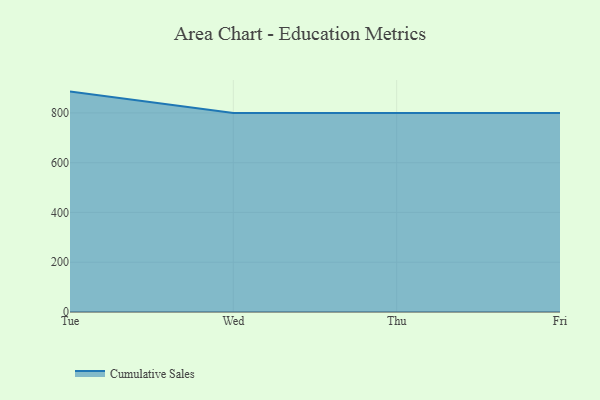
{"axis": {"x": "Day", "y": "Active Users"}, "legend": ["Cumulative Sales"], "data": [{"x": "Tue", "y": 885.6, "type": "Cumulative Sales"}, {"x": "Wed", "y": 800, "type": "Cumulative Sales"}, {"x": "Thu", "y": 800, "type": "Cumulative Sales"}, {"x": "Fri", "y": 800, "type": "Cumulative Sales"}]}